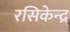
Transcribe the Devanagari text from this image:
रसिकेन्द्र